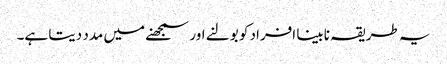
یہ طریقہ نابینا افراد کو بولنے اور سمجھنے میں مدد دیتا ہے۔